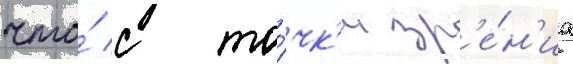
что́ с то́чк'и зр'е́н'иа